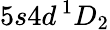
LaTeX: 5s4d\, ^{1}D_{2}